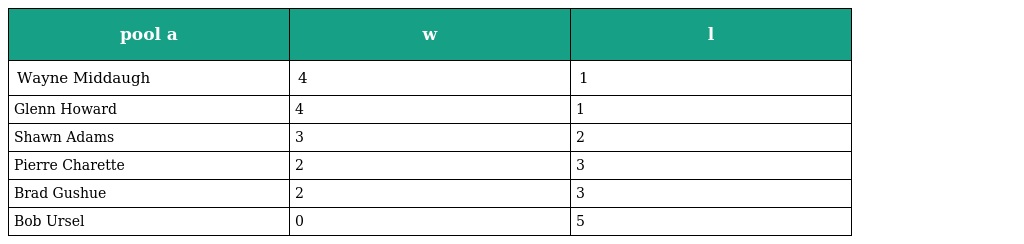
| pool a | w | l |
 | --- | --- | --- |
 | Wayne Middaugh | 4 | 1 |
 | Glenn Howard | 4 | 1 |
 | Shawn Adams | 3 | 2 |
 | Pierre Charette | 2 | 3 |
 | Brad Gushue | 2 | 3 |
 | Bob Ursel | 0 | 5 |